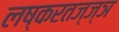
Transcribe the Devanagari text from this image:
लष्करतज्ज्ञ